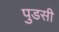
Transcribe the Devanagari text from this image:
पुडसी